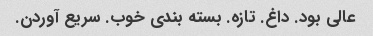
عالی بود. داغ. تازه. بسته بندی خوب. سریع آوردن.